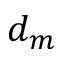
d _ { m }